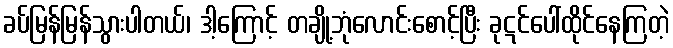
ခပ်မြန်မြန်သွားပါတယ်၊ ဒါ့ကြောင့် တချို့ဘုံလောင်းစောင့်ပြီး ခုဋင်ပေါ်ထိုင်နေကြတဲ့